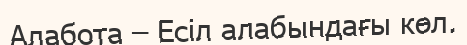
Алабота – Есіл алабындағы көл.